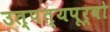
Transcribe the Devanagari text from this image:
उत्पत्यपूर्वो